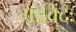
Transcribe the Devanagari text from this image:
गोविंदः